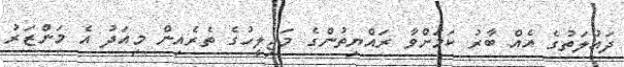
ދައުލަތުގެ އެއް ބާރު ކަމަށްވާ ރައްޔިތުންގެ މަޖިލީހުގެ ތެރެއިން މިއަދު އެ މަންޒަރު